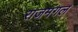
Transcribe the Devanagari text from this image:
राजमंगल